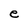
Character: e